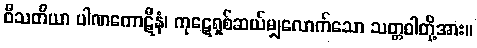
ဝီသတိယာ ပါဏကောဋီနံ၊ ကုဋေရှစ်ဆယ်မျှလောက်သော သတ္တဝါတို့အား။